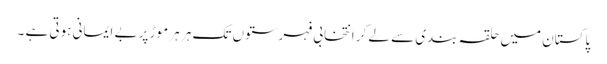
پاکستان میں حلقہ بندی سے لے کر انتخابی فہرستوں تک ہر ہر موڑ پر بے ایمانی ہوتی ہے ۔